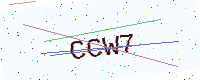
Text: CCW7